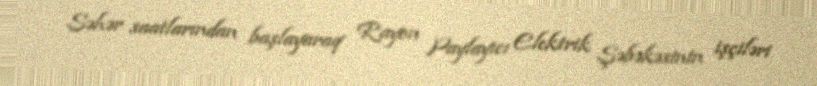
Səhər saatlarından başlayaraq Rayon Paylayıcı Elektrik Şəbəkəsinin işçiləri